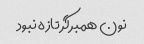
نون همبرگر تازه نبود